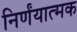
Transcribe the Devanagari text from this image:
निर्णंयात्मक